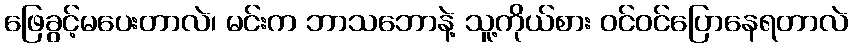
ဖြေခွင့်မပေးတာလဲ၊ မင်းက ဘာသဘောနဲ့ သူ့ကိုယ်စား ဝင်ဝင်ပြောနေရတာလဲ